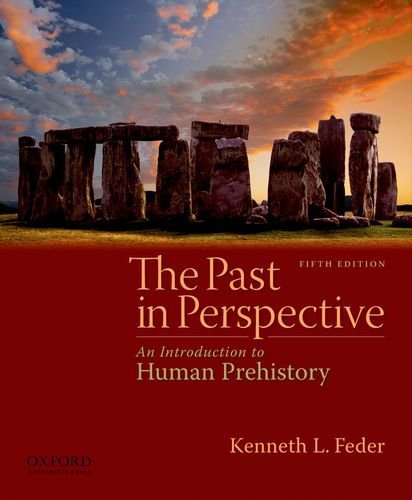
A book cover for The Past in Perspective: An Introduction to Human Prehistory; Kenneth L. Feder; History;